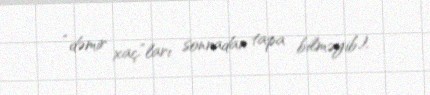
“dəmir xaç”ları sonradan tapa bilməyib).